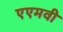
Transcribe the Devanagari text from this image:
एएमवी